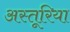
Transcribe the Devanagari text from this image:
अस्तूरिया